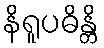
နိရူပဓိန္တိ